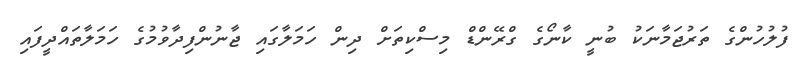
ފުލުހުންގެ ތަރުޖަމާނަކު ބުނީ ކާނޯގެ ގްރޭންޑް މިސްކިތަށް ދިން ހަމަލާގައި ޖާނުންފިދާވުމުގެ ހަމަލާތައްދީފައި